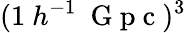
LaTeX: (1\ h^{-1}\ \mathrm{~G~p~c~})^{3}